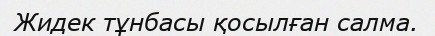
Жидек тұнбасы қосылған салма.